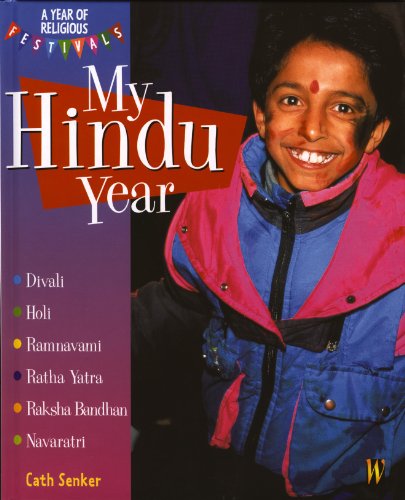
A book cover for My Hindu Year (A Year of Religious Festivals); Cath Senker; Children's Books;